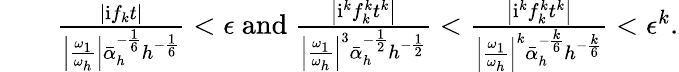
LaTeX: \begin{array}{rlr}&{}&{\frac{\left|\mathrm{i}f_{k}t\right|}{\left|\frac{\omega_{1}}{\omega_{h}}\right|\bar{\alpha}_{h}^{-\frac{1}{6}}h^{-\frac{1}{6}}}<\epsilon\mathrm{~and~}\frac{\left|\mathrm{i}^{k}f_{k}^{k}t^{k}\right|}{\left|\frac{\omega_{1}}{\omega_{h}}\right|^{3}\bar{\alpha}_{h}^{-\frac{1}{2}}h^{-\frac{1}{2}}}<\frac{\left|\mathrm{i}^{k}f_{k}^{k}t^{k}\right|}{\left|\frac{\omega_{1}}{\omega_{h}}\right|^{k}\bar{\alpha}_{h}^{-\frac{k}{6}}h^{-\frac{k}{6}}}<\epsilon^{k}.}\end{array}